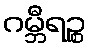
ဂမ္ဘီရဉ္စ